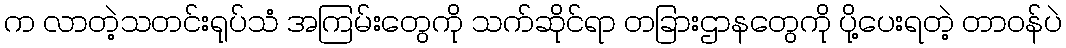
က လာတဲ့သတင်းရုပ်သံ အကြမ်းတွေကို သက်ဆိုင်ရာ တခြားဌာနတွေကို ပို့ပေးရတဲ့ တာဝန်ပဲ